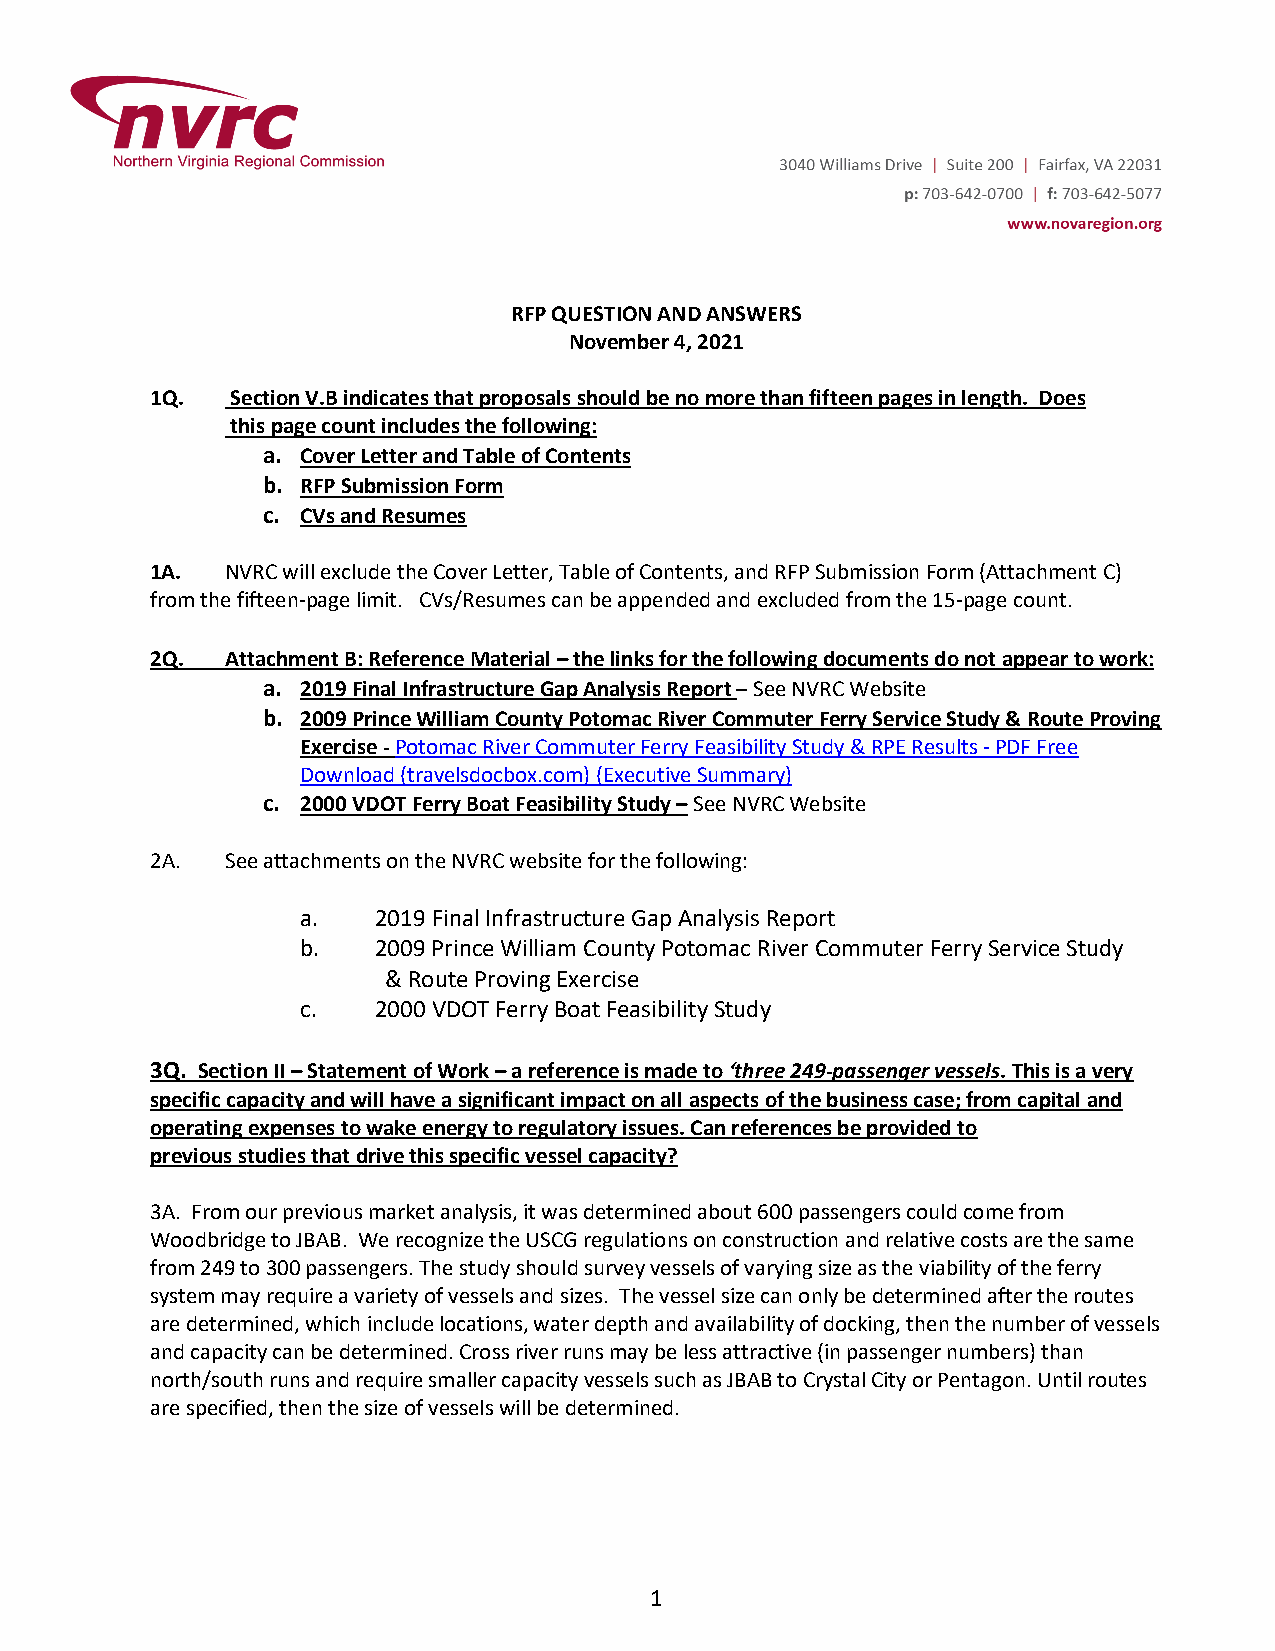
RFP QUESTION AND ANSWERS
 November 4, 2021
 1Q.  Section V.B indicates that proposals should be no more than fifteen pages in length. Does
 this page count includes the following:
 a. Cover Letter and Table of Contents
 b. RFP Submission Form
 c. CVs and Resumes
 1A.  NVRC will exclude the Cover Letter, Table of Contents, and RFP Submission Form (Attachment C)
 from the fifteen-page limit. CVs/Resumes can be appended and excluded from the 15-page count.
 2Q.  Attachment B: Reference Material – the links for the following documents do not appear to work:
 a. 2019 Final Infrastructure Gap Analysis Report – See NVRC Website
 b. 2009 Prince William County Potomac River Commuter Ferry Service Study & Route Proving
 Exercise - Potomac River Commuter Ferry Feasibility Study & RPE Results - PDF Free
 Download (travelsdocbox.com) (Executive Summary)
 c. 2000 VDOT Ferry Boat Feasibility Study – See NVRC Website
 2A.  See attachments on the NVRC website for the following:
 a.   2019 Final Infrastructure Gap Analysis Report
 b.   2009 Prince William County Potomac River Commuter Ferry Service Study
 & Route Proving Exercise
 c.   2000 VDOT Ferry Boat Feasibility Study
 3Q. Section II – Statement of Work – a reference is made to ‘three 249-passenger vessels. This is a very
 specific capacity and will have a significant impact on all aspects of the business case; from capital and
 operating expenses to wake energy to regulatory issues. Can references be provided to
 previous studies that drive this specific vessel capacity?
 3A. From our previous market analysis, it was determined about 600 passengers could come from
 Woodbridge to JBAB. We recognize the USCG regulations on construction and relative costs are the same
 from 249 to 300 passengers. The study should survey vessels of varying size as the viability of the ferry
 system may require a variety of vessels and sizes. The vessel size can only be determined after the routes
 are determined, which include locations, water depth and availability of docking, then the number of vessels
 and capacity can be determined. Cross river runs may be less attractive (in passenger numbers) than
 north/south runs and require smaller capacity vessels such as JBAB to Crystal City or Pentagon. Until routes
 are specified, then the size of vessels will be determined.
 1